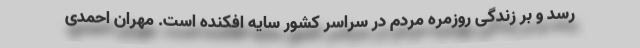
رسد و بر زندگی روزمره مردم در سراسر کشور سایه افکنده است. مهران احمدی